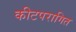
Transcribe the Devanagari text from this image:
कीटपरागित